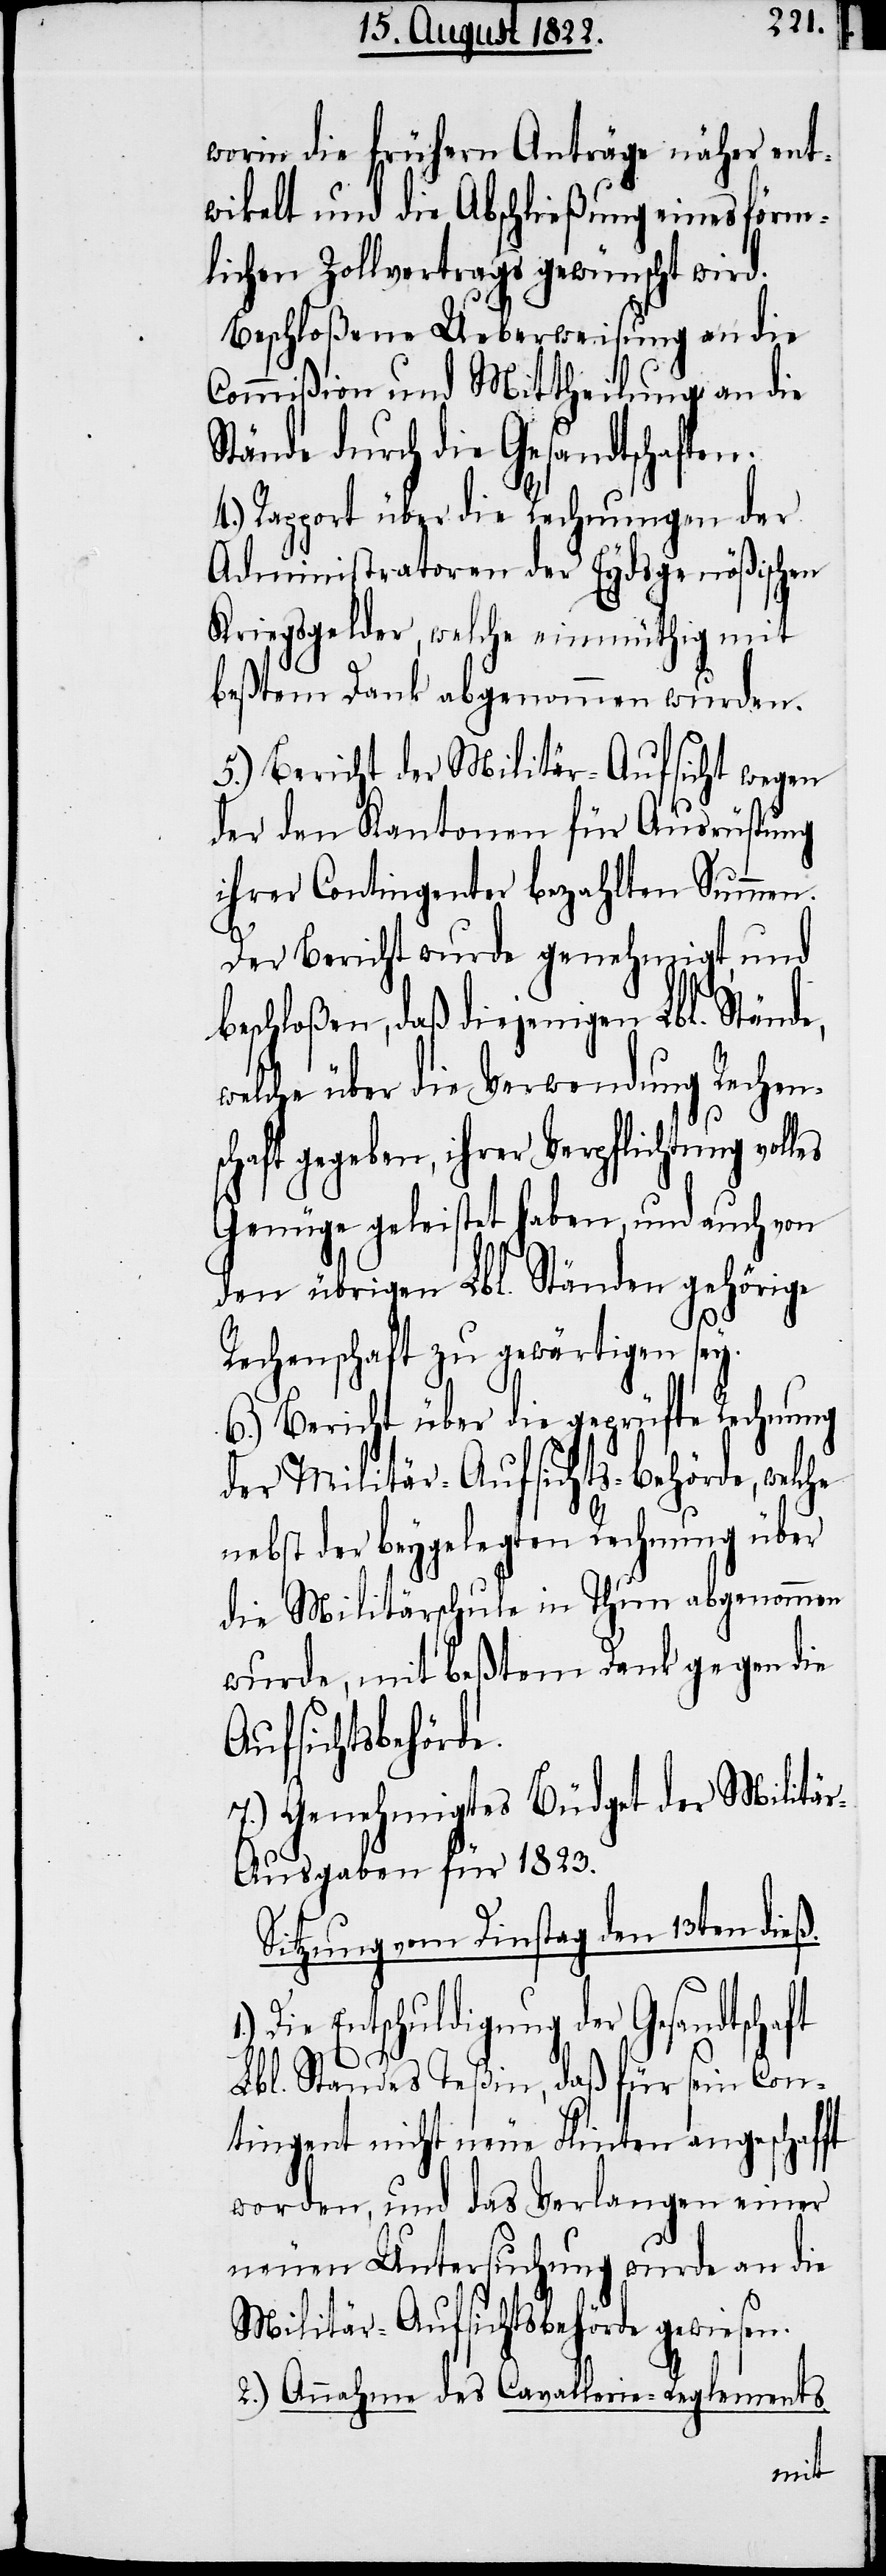
worin die frühern Anträge näher ent¬
wikelt und die Abschließung eines förm¬
lichen Zollvertrags gewünscht wird.
Beschloßene Ueberweisung an die
Commißion und Mittheilung an die
Stände durch die Gesandtschaften.
4.) Rapport über die Rechnungen der
Administratoren der Eydsgenößischen
Kriegsgelder, welche einmüthig mit
beßtem Dank abgenommen wurden.
5.) Bericht der Militär-Aufsicht wegen
der den Kantonen für Ausrüstung
ihrer Contingenter bezahlten Summen.
Der Bericht wurde genehmigt, und
beschloßen, daß diejenigen Lbl. Stände,
welche über die Verwendung Rechens¬
chaft gegeben, ihrer Verpflichtung vol¬
Genüge geleistet haben, und auch vo¬
n übrigen Lbl. Ständen gehörige
les
Rechenschaft zu gewärtigen sey.
6.) Bericht über die geprüfte Rechnung
der Militär-Aufsichts-Behörde, welche
nebst der beygelegten Rechnung über
die Militärschule in Thun abgenommen
wurde, mit beßtem Dank gegen die
Aufsichtsbehörde.
7.) Genehmigtes Büdget der Militä¬
r-Ausgaben von 1823.
Sitzung vom Dinstag den 13ten dieß.
Die Entschuldigung der Gesandtschaft
Lbl. Standes Teßin, daß für sein Con¬
tingent nicht neue Flinten angeschafft
worden, und das Verlangen einer
neuen Untersuchung wurde an die
Militär-Aufsichtsbehörde gewiesen.
2.) Annahme des Cavallerie-Reglements